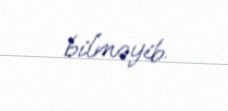
bilməyib.